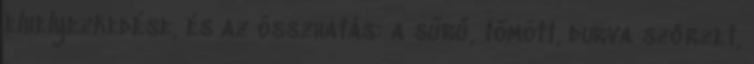
elhelyezkedése, és az összhatás: a sűrű, tömött, durva szőrzet,